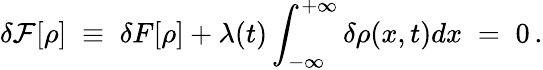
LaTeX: \delta{\cal F}[\rho]\; \equiv\; \delta{F}[\rho]+\lambda(t)\int_{-\infty}^{+\infty}\delta\rho(x,t)dx\; =\; 0\, .